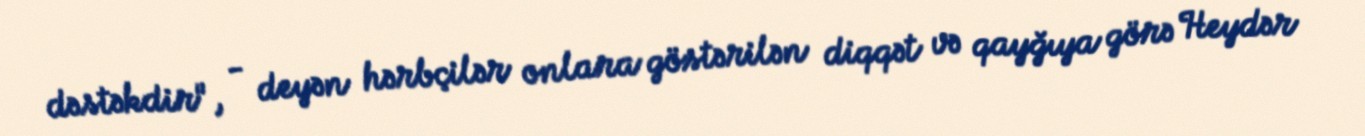
dəstəkdir", - deyən hərbçilər onlara göstərilən diqqət və qayğıya görə Heydər